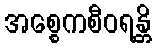
အစ္စေကစီဝရန္တိ